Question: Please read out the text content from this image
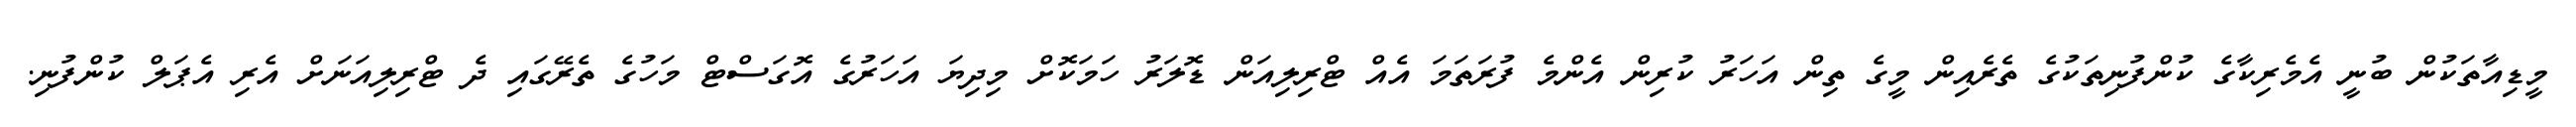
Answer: މީޑިއާތަކުން ބުނީ އެމެރިކާގެ ކުންފުނިތަކުގެ ތެރެއިން މީގެ ތިން އަހަރު ކުރިން އެންމެ ފުރަތަމަ އެއް ޓްރިލިއަން ޑޮލަރު ހަމަކޮށް މިދިޔަ އަހަރުގެ އޮގަސްޓް މަހުގެ ތެރޭގައި ދެ ޓްރިލިއަނަށް އެރި އެޕަލް ކުންފުނި.